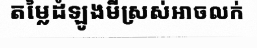
តម្លៃដំឡូងមីស្រស់អាចលក់